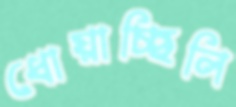
ধোয়াচ্ছিলি